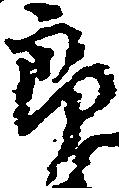
郎